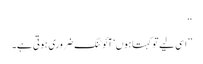
‘‘
’’اسی لیے تو کہتا ہوں‘ آئوٹنگ ضروری ہوتی ہے۔